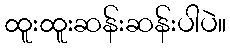
ထူးထူးဆန်းဆန်းပါပဲ။